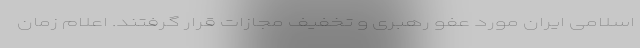
اسلامی ایران مورد عفو رهبری و تخفیف مجازات قرار گرفتند. اعلام زمان